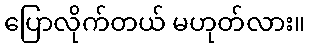
ပြောလိုက်တယ် မဟုတ်လား။